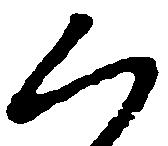
く